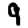
Digit: 9